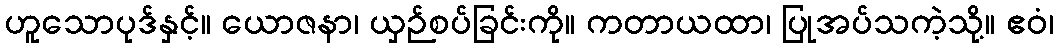
ဟူသောပုဒ်နှင့်။ ယောဇနာ၊ ယှဉ်စပ်ခြင်းကို။ ကတာယထာ၊ ပြုအပ်သကဲ့သို့။ ဧဝံ၊